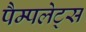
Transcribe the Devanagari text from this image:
पैम्पलेट्स